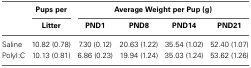
<table><thead><tr><td></td><td><b>Pups per</b></td><td colspan="4"><b>Average Weight per Pup (g)</b></td></tr><tr><td></td><td><b>Litter</b></td><td><b>PND1</b></td><td><b>PND8</b></td><td><b>PND14</b></td><td><b>PND21</b></td></tr></thead><tbody><tr><td>Saline</td><td>10.82 (0.78)</td><td>7.30 (0.12)</td><td>20.63 (1.22)</td><td>35.54 (1.02)</td><td>52.40 (1.07)</td></tr><tr><td>PolyI:C</td><td>10.13 (0.81)</td><td>6.86 (0.23)</td><td>19.94 (1.24)</td><td>35.03 (1.24)</td><td>53.62 (1.26)</td></tr></tbody></table>